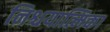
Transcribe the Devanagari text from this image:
निश्चयात्मिका